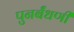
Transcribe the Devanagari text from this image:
पुनर्बंधणी